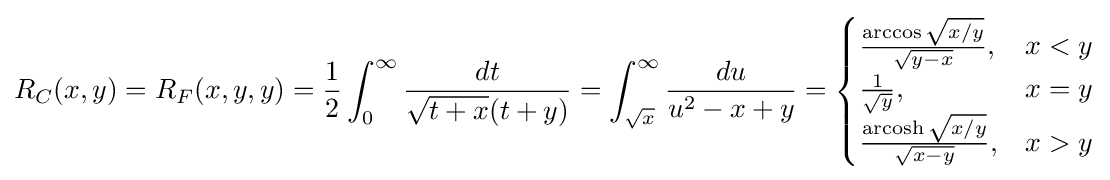
R_{C}(x,y)=R_{F}(x,y,y)={\frac {1}{2}}\int _{0}^{\infty }{\frac {dt}{{\sqrt {t+x}}(t+y)}}=\int _{\sqrt {x}}^{\infty }{\frac {du}{u^{2}-x+y}}={\begin{cases}{\frac {\arccos {\sqrt {{x}/{y}}}}{\sqrt {y-x}}},&x<y\\{\frac {1}{\sqrt {y}}},&x=y\\{\frac {\operatorname {arcosh} {\sqrt {{x}/{y}}}}{\sqrt {x-y}}},&x>y\\\end{cases}}